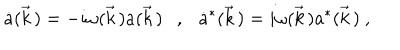
LaTeX: \dot { a } ( \vec { k } \, ) = - i \omega ( \vec { k } \, ) a ( \vec { k } \, ) \ \ \ , \ \ \ \dot { a } ^ { * } ( \vec { k } \, ) = i \omega ( \vec { k } \, ) a ^ { * } ( \vec { k } \, ) \ ,